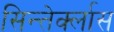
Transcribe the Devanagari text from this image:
सिन्तेर्क्लास